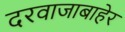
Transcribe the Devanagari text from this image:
दरवाजाबाहेर